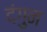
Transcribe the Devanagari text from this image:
दंगुन